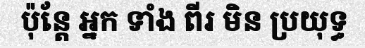
ប៉ុន្តែ អ្នក ទាំង ពីរ មិន ប្រយុទ្ធ